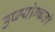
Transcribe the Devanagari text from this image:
उप्ग्योग्कर्ता